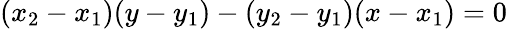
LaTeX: (x_{2}-x_{1})(y-y_{1})-(y_{2}-y_{1})(x-x_{1})=0